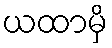
ယထာမှိ